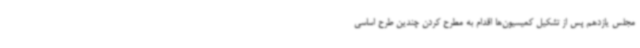
مجلس یازدهم پس از تشکیل کمیسیون‌ها اقدام به مطرح کردن چندین طرح اساسی